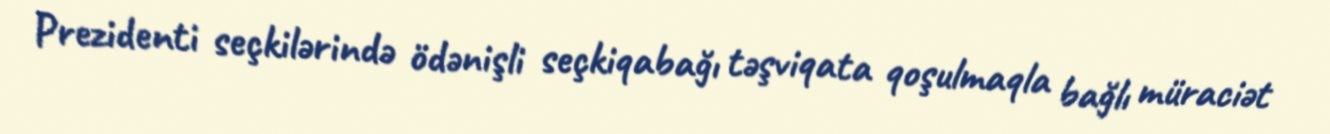
Prezidenti seçkilərində ödənişli seçkiqabağı təşviqata qoşulmaqla bağlı müraciət